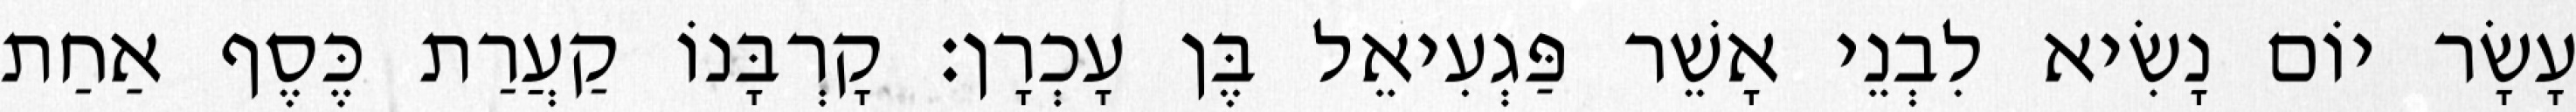
עָשָׂר יוֹם נָשִׂיא לִבְנֵי אָשֵׁר פַּגְעִיאֵל בֶּן עָכְרָן׃ קָרְבָּנוֹ קַעֲרַת כֶּסֶף אַחַת